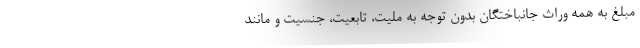
مبلغ به همه وراث جانباختگان بدون توجه به ملیت، تابعیت، جنسیت و مانند